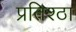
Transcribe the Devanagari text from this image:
प्रतिश्ठा